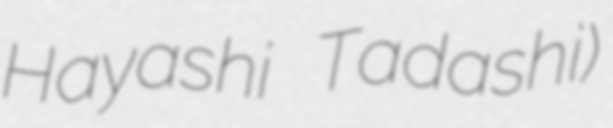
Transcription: Hayashi Tadashi)